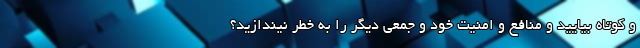
و کوتاه بیایید و منافع و امنیت خود و جمعی دیگر را به خطر نیندازید؟